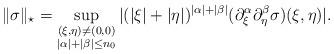
LaTeX: \begin{align*}\| \sigma\|_{\star} = \sup_{\substack{ (\xi,\eta) \ne (0,0)\\|\alpha|+|\beta| \le n_0}} | (|\xi|+|\eta|)^{|\alpha|+|\beta|}(\partial_{\xi}^{\alpha} \partial_{\eta}^{\beta} \sigma) (\xi,\eta) |.\end{align*}